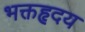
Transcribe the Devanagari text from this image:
भक्तहृदय